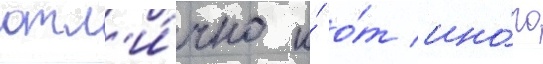
отл'и́чно и́ о́т ино́го